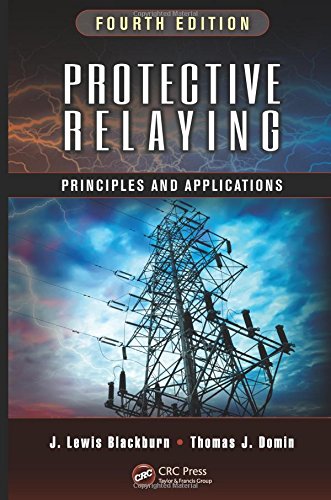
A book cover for Protective Relaying: Principles and Applications, Fourth Edition; J. Lewis Blackburn; Engineering & Transportation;